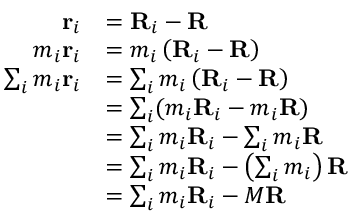
{ \begin{array} { r l } { \mathbf { r } _ { i } } & { = \mathbf { R } _ { i } - \mathbf { R } } \\ { m _ { i } \mathbf { r } _ { i } } & { = m _ { i } \left( \mathbf { R } _ { i } - \mathbf { R } \right) } \\ { \sum _ { i } m _ { i } \mathbf { r } _ { i } } & { = \sum _ { i } m _ { i } \left( \mathbf { R } _ { i } - \mathbf { R } \right) } \\ & { = \sum _ { i } ( m _ { i } \mathbf { R } _ { i } - m _ { i } \mathbf { R } ) } \\ & { = \sum _ { i } m _ { i } \mathbf { R } _ { i } - \sum _ { i } m _ { i } \mathbf { R } } \\ & { = \sum _ { i } m _ { i } \mathbf { R } _ { i } - \left( \sum _ { i } m _ { i } \right) \mathbf { R } } \\ & { = \sum _ { i } m _ { i } \mathbf { R } _ { i } - M \mathbf { R } } \end{array} }